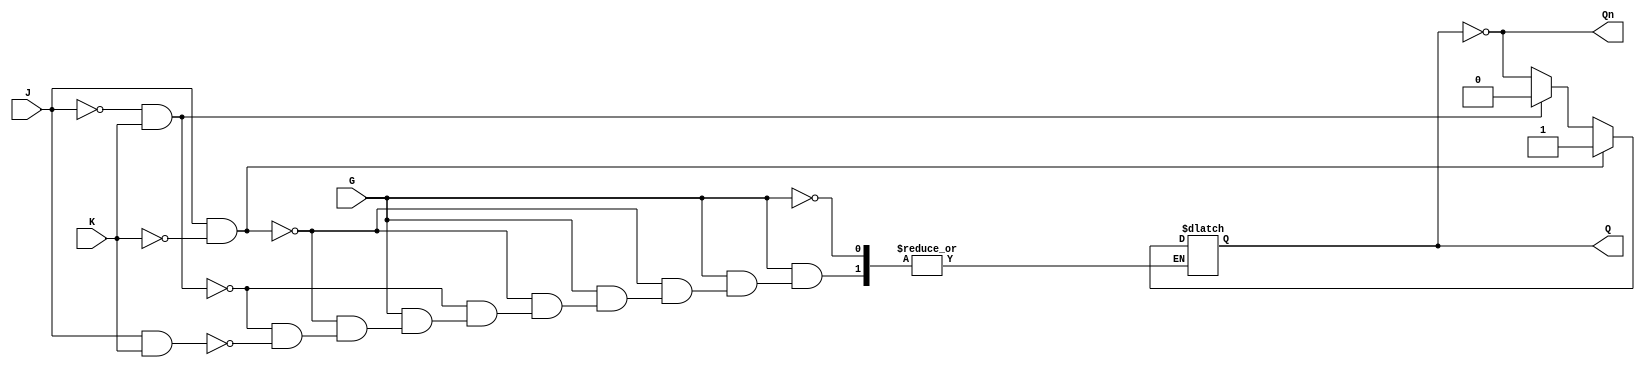
module GatedJKLatch (
    input wire J,      // Data Input J
    input wire K,      // Data Input K
    input wire G,      // Enable Input
    output reg Q,      // Output Q
    output wire Qn     // Complementary Output Q'
);

// Complementary output Q'
assign Qn = ~Q;

// Always block to implement the latch behavior
always @(*) begin
    if (G) begin
        // When G is high, evaluate J and K
        if (J && ~K) begin
            Q = 1;  // Set state
        end else if (~J && K) begin
            Q = 0;  // Reset state
        end else if (J && K) begin
            Q = ~Q; // Toggle state
        end
        // If J = 0 and K = 0, Q remains unchanged (no change state)
    end
    // If G is low, Q retains its previous state (handled by reg behavior)
end

endmodule